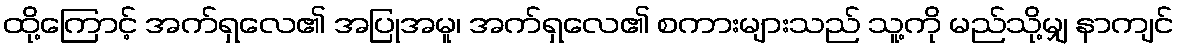
ထို့ကြောင့် အက်ရှလေ၏ အပြုအမူ၊ အက်ရှလေ၏ စကားများသည် သူ့ကို မည်သို့မျှ နာကျင်